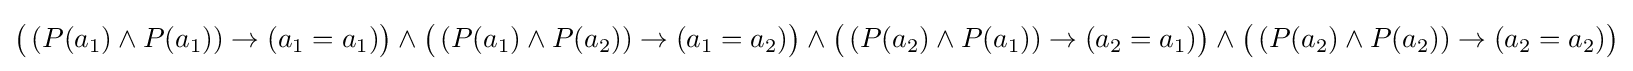
{\big (}\left(P(a_{1})\wedge P(a_{1})\right)\rightarrow (a_{1}=a_{1}){\big )}\wedge {\big (}\left(P(a_{1})\wedge P(a_{2})\right)\rightarrow (a_{1}=a_{2}){\big )}\wedge {\big (}\left(P(a_{2})\wedge P(a_{1})\right)\rightarrow (a_{2}=a_{1}){\big )}\wedge {\big (}\left(P(a_{2})\wedge P(a_{2})\right)\rightarrow (a_{2}=a_{2}){\big )}